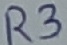
Text: R3